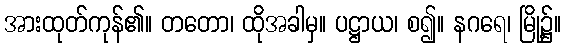
အားထုတ်ကုန်၏။ တတော၊ ထိုအခါမှ။ ပဋ္ဌာယ၊ စ၍။ နဂရေ၊ မြို့၌။